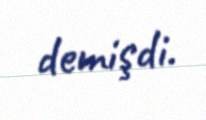
demişdi.